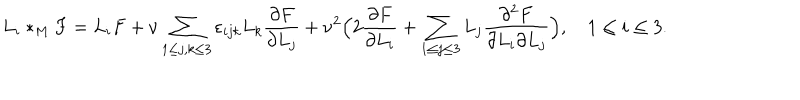
LaTeX: L _ { i } \ast _ { M } ^ { } F = L _ { i } F + \nu \sum _ { 1 \leq j , k \leq 3 } \varepsilon _ { i j k } L _ { k } { \frac { \partial F } { \partial L _ { j } } } + \nu ^ { 2 } \Bigl ( 2 { \frac { \partial F } { \partial L _ { i } } } + \sum _ { 1 \leq j \leq 3 } L _ { j } { \frac { \partial ^ { 2 } F } { \partial L _ { i } \partial L _ { j } } } \Bigr ) , \quad 1 \leq i \leq 3 .